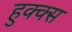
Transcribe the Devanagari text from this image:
हुक्क्स